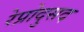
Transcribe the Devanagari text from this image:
रेप्रोदुसद